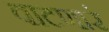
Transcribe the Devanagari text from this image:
वाटणारं